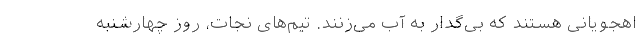
اهجویانی هستند که بی‌گدار به آب می‌زنند. تیم‌های نجات، روز چهارشنبه